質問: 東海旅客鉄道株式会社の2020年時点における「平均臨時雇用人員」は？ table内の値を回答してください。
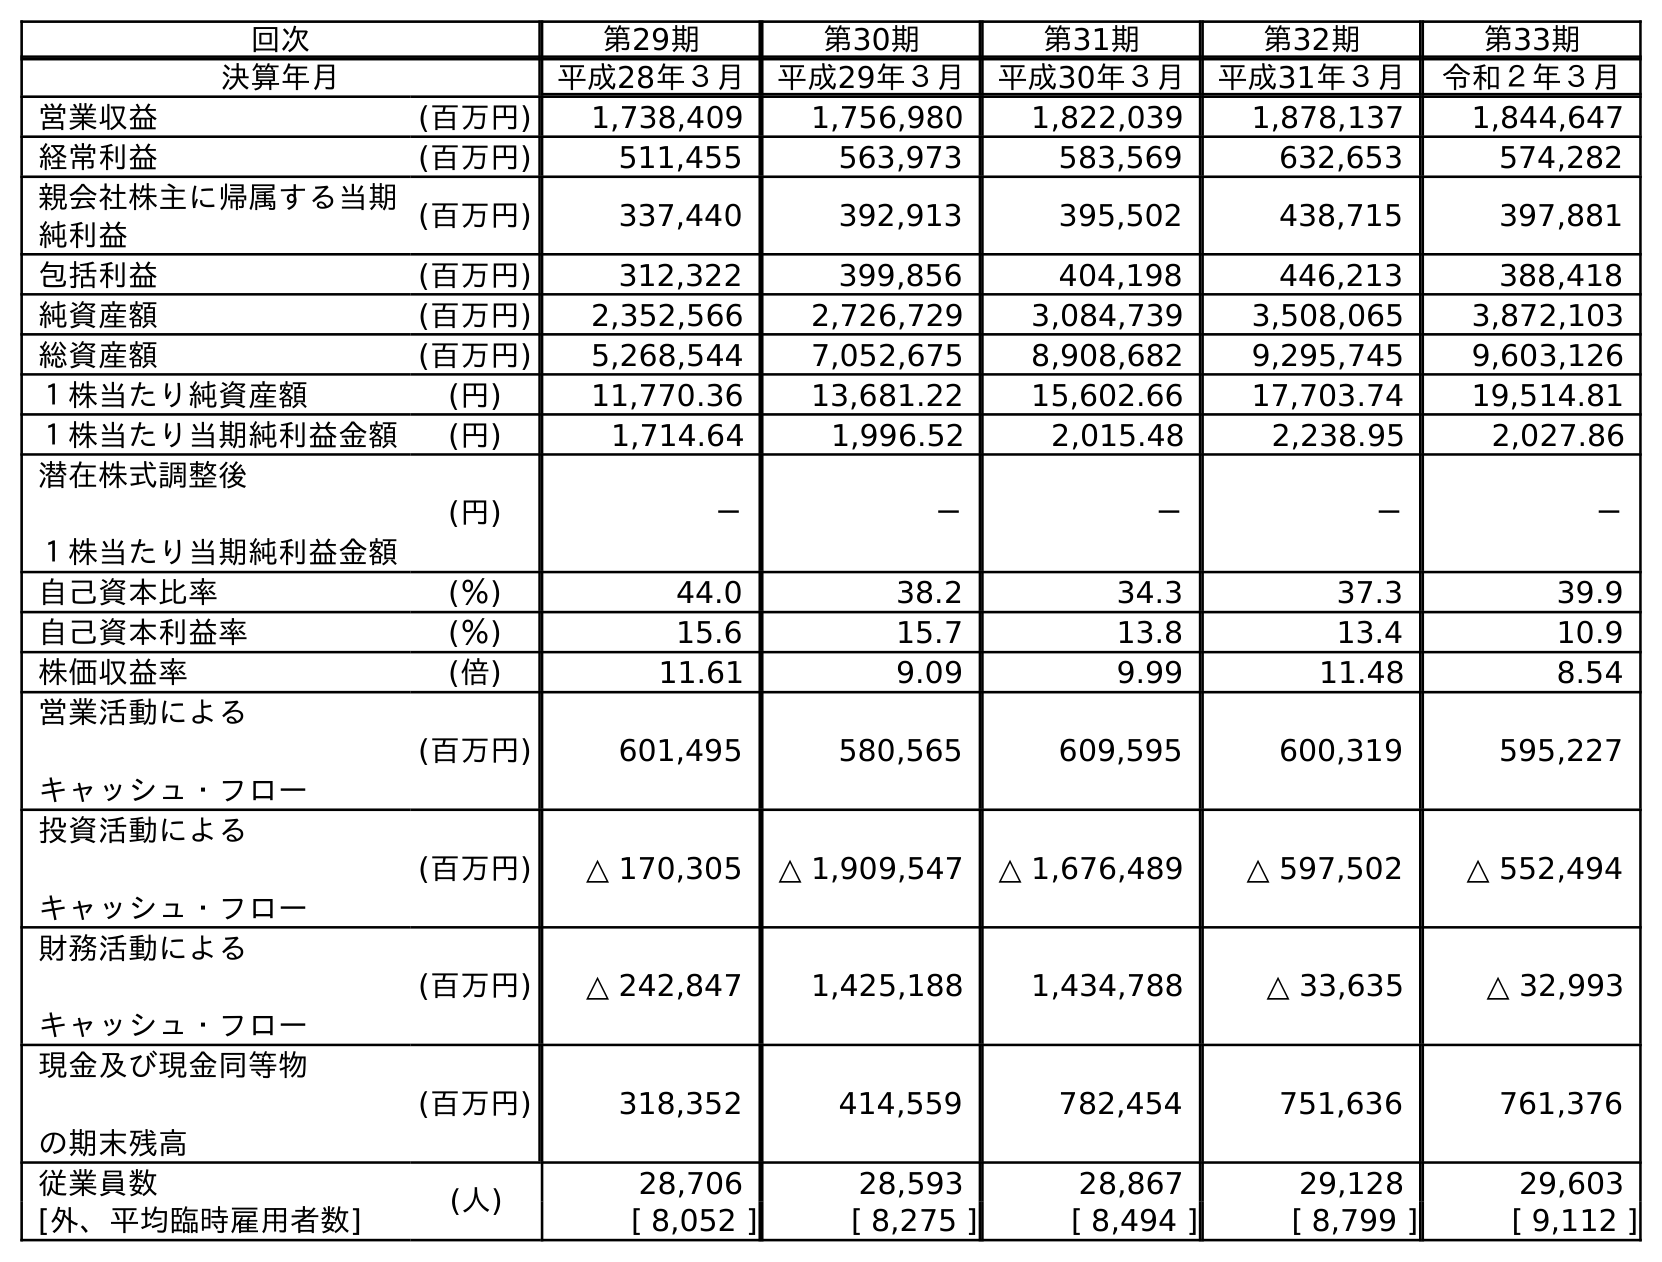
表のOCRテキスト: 回次 第29期 第30期 第31期 第32期 第33期 決算年月 平成28年３月 平成29年３月 平成30年３月 平成31年３月 令和２年３月 営業収益 (百万円) 1,738,409 1,756,980 1,822,039 1,878,137 1,844,647 経常利益 (百万円) 511,455 563,973 583,569 632,653 574,282 親会社株主に帰属する当期 純利益 (百万円) 337,440 392,913 395,502 438,715 397,881 包括利益 (百万円) 312,322 399,856 404,198 446,213 388,418 純資産額 (百万円) 2,352,566 2,726,729 3,084,739 3,508,065 3,872,103 総資産額 (百万円) 5,268,544 7,052,675 8,908,682 9,295,745 9,603,126 １株当たり純資産額 (円) 11,770.36 13,681.22 15,602.66 17,703.74 19,514.81 １株当たり当期純利益金額 (円) 1,714.64 1,996.52 2,015.48 2,238.95 2,027.86 潜在株式調整後 １株当たり当期純利益金額 (円) － － － － － 自己資本比率 (％) 44.0 38.2 34.3 37.3 39.9 自己資本利益率 (％) 15.6 15.7 13.8 13.4 10.9 株価収益率 (倍) 11.61 9.09 9.99 11.48 8.54 営業活動による キャッシュ・フロー (百万円) 601,495 580,565 609,595 600,319 595,227 投資活動による キャッシュ・フロー (百万円) △ 170,305 △ 1,909,547 △ 1,676,489 △ 597,502 △ 552,494 財務活動による キャッシュ・フロー (百万円) △ 242,847 1,425,188 1,434,788 △ 33,635 △ 32,993 現金及び現金同等物 の期末残高 (百万円) 318,352 414,559 782,454 751,636 761,376 従業員数 (人) 28,706 28,593 28,867 29,128 29,603 [外、平均臨時雇用者数] [ 8,052 ] [ 8,275 ] [ 8,494 ] [ 8,799 ] [ 9,112 ]
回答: [9,112]